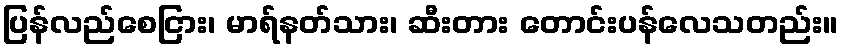
ပြန်လည်စေငြား၊ မာရ်နတ်သား၊ ဆီးတား တောင်းပန်လေသတည်း။